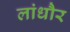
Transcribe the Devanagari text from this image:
लांधौर